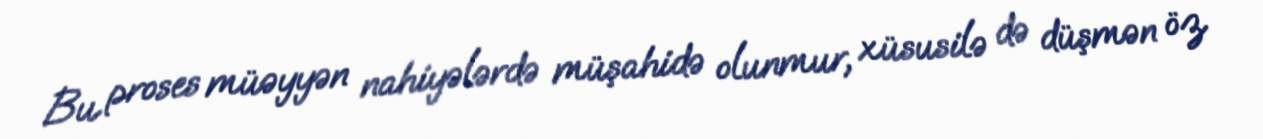
Bu proses müəyyən nahiyələrdə müşahidə olunmur, xüsusilə də düşmən öz